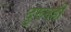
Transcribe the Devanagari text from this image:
दुरूनही